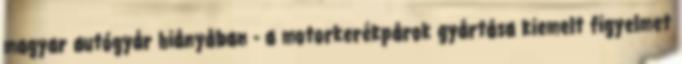
magyar autógyár hiányában - a motorkerékpárok gyártása kiemelt figyelmet